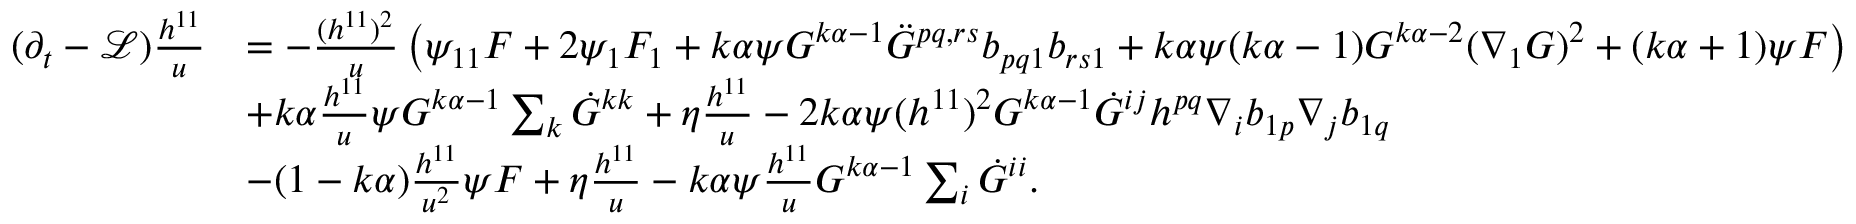
\begin{array} { r l } { ( \partial _ { t } - \mathcal { L } ) \frac { h ^ { 1 1 } } { u } } & { = - \frac { ( h ^ { 1 1 } ) ^ { 2 } } { u } \left( \psi _ { 1 1 } F + 2 \psi _ { 1 } F _ { 1 } + k \alpha \psi G ^ { k \alpha - 1 } \ddot { G } ^ { p q , r s } b _ { p q 1 } b _ { r s 1 } + k \alpha \psi ( k \alpha - 1 ) G ^ { k \alpha - 2 } ( \nabla _ { 1 } G ) ^ { 2 } + ( k \alpha + 1 ) \psi F \right) } \\ & { + k \alpha \frac { h ^ { 1 1 } } { u } \psi G ^ { k \alpha - 1 } \sum _ { k } \dot { G } ^ { k k } + \eta \frac { h ^ { 1 1 } } { u } - 2 k \alpha \psi ( h ^ { 1 1 } ) ^ { 2 } G ^ { k \alpha - 1 } \dot { G } ^ { i j } h ^ { p q } \nabla _ { i } b _ { 1 p } \nabla _ { j } b _ { 1 q } } \\ & { - ( 1 - k \alpha ) \frac { h ^ { 1 1 } } { u ^ { 2 } } \psi F + \eta \frac { h ^ { 1 1 } } { u } - k \alpha \psi \frac { h ^ { 1 1 } } { u } G ^ { k \alpha - 1 } \sum _ { i } \dot { G } ^ { i i } . } \end{array}